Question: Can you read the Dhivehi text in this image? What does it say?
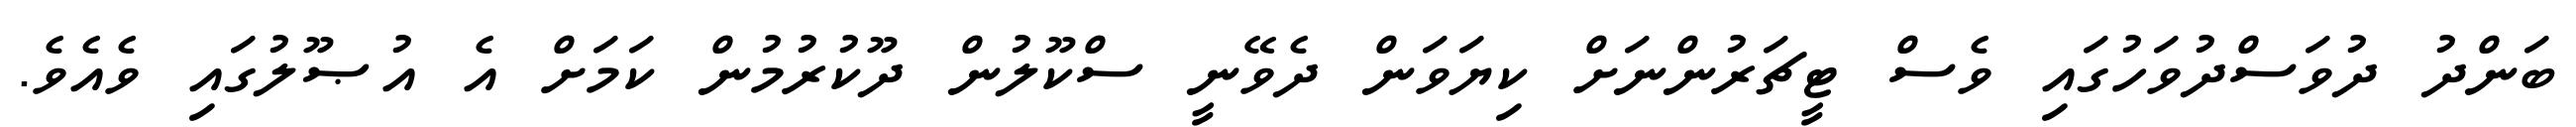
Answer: ބަންދު ދުވަސްދުވަހުގައި ވެސް ޓީޗަރުންނަށް ކިޔަވަން ދެވޭނީ ސްކޫލުން ދޫކުރުމުން ކަމަށް އެ އުޞޫލުގައި ވެއެވެ.